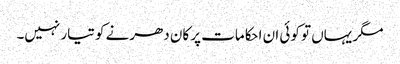
مگر یہاں تو کوئی ان احکامات پر کان دھرنے کو تیار نہیں۔